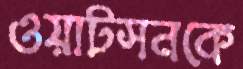
ওয়াটসনকে